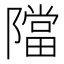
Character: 𨼴